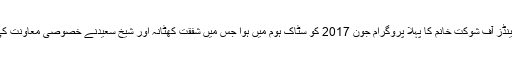
فرینڈز آف شوکت خانم کا پہلا پروگرام جون 2017 کو سٹاک ہوم میں ہوا جس میں شفقت کھٹانہ اور شیخ سعیدنے خصوصی معاونت کی ۔